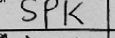
Transcription: SPK